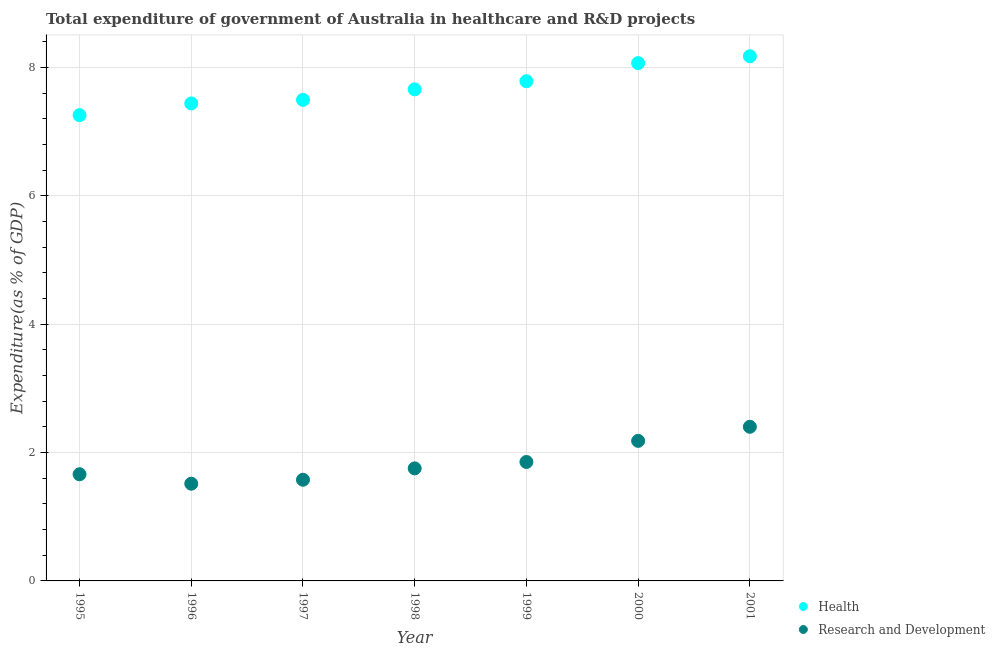
| Year | Health | Research and Development |
 | --- | --- | --- |
 | 1995 | 7.26 | 1.66 |
 | 1996 | 7.44 | 1.51 |
 | 1997 | 7.5 | 1.58 |
 | 1998 | 7.66 | 1.75 |
 | 1999 | 7.79 | 1.85 |
 | 2000 | 8.07 | 2.18 |
 | 2001 | 8.17 | 2.4 |